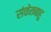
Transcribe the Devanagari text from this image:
संकेतबाहु